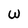
Character: W